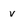
Character: v